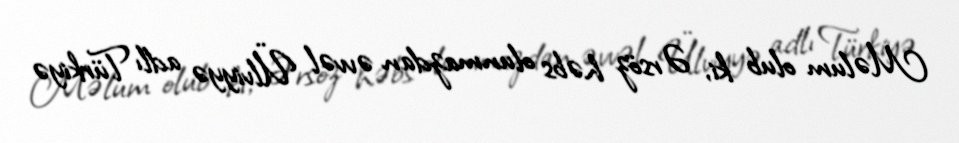
Məlum olub ki, Ərsöz həbs olunmazdan əvvəl Ülviyyə adlı Türkiyə